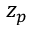
z _ { p }